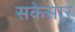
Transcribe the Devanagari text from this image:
सकेसार